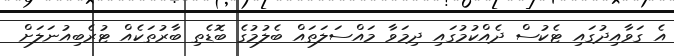
އެ ގަވާއިދުގައި ޓެކުސް ދެއްކުމުގައި ދިމަވާ މައްސަލަތައް ބެލުމުގެ ބޮޑެތި ބާރުތަކެއް ޓުރެބިއުނަލަށް